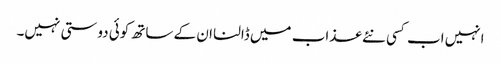
انہیں اب کسی نئے عذاب میں ڈالنا ان کے ساتھ کوئی دوستی نہیں۔